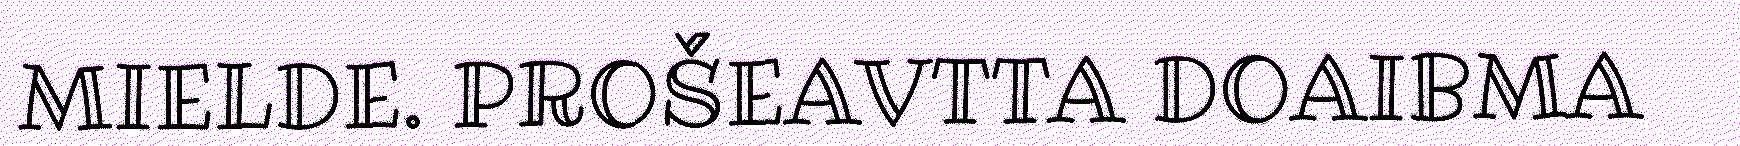
MIELDE. PROŠEAVTTA DOAIBMA